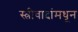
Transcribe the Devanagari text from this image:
स्त्रीवादांमधून